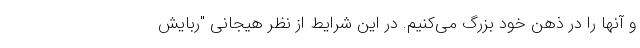
و آنها را در ذهن خود بزرگ می‌کنیم. در این شرایط از نظر هیجانی "ربایش